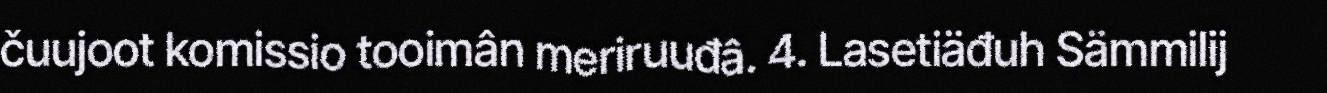
čuujoot komissio tooimân meriruuđâ. 4. Lasetiäđuh Sämmilij